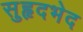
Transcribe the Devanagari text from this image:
सुहृदभेद